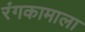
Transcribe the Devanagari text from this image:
रंगकामाला